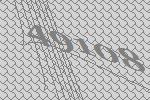
49108